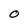
Character: O